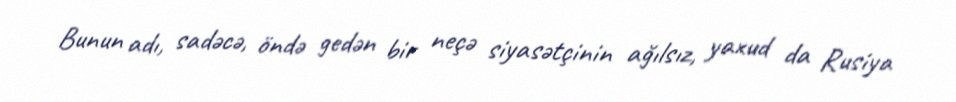
Bunun adı, sadəcə, öndə gedən bir neçə siyasətçinin ağılsız, yaxud da Rusiya